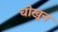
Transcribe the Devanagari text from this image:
चोखून